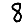
Digit: 8